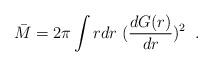
LaTeX: \begin{align*} \bar{M}=2\pi\int rdr\;(\frac{dG(r)}{dr})^{2} \;\;.\end{align*}